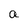
Character: a